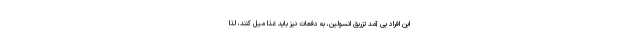
این افراد پی آمد تزریق انسولین، به دفعات نیز باید غذا میل کنند، لذا